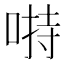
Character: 𱓙